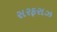
સરફરાઝ